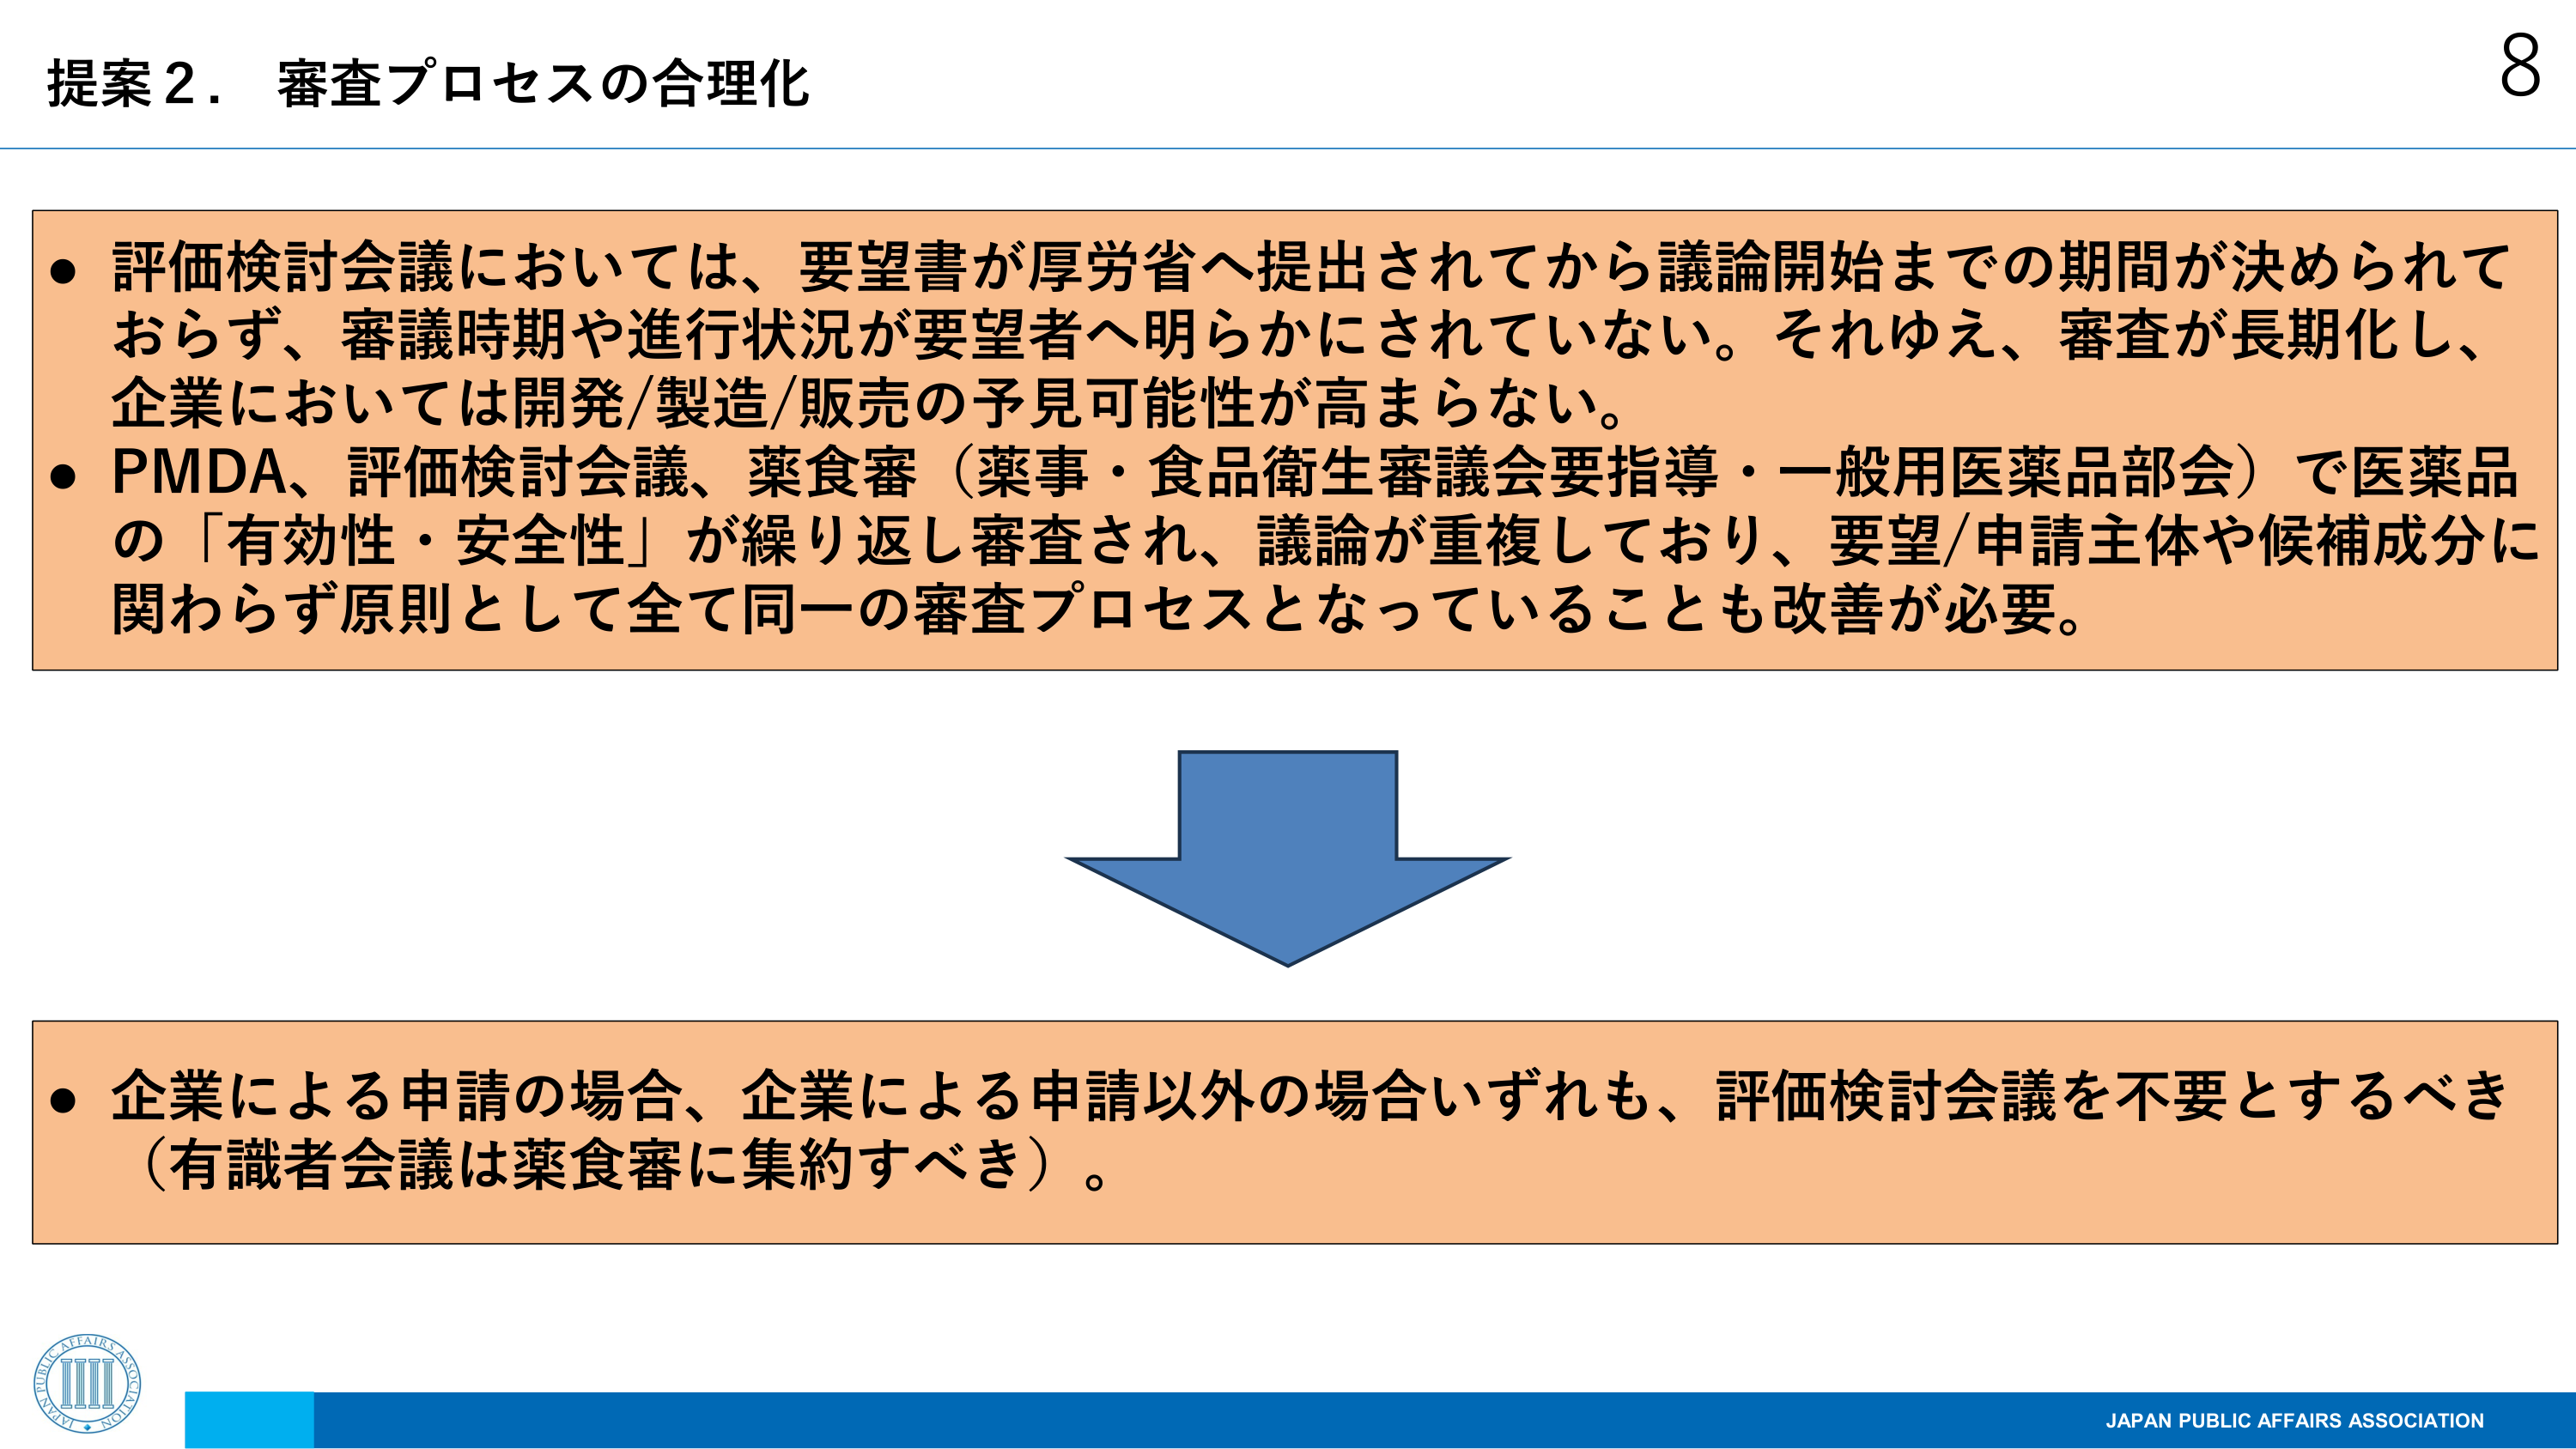
提案２．審査プロセスの合理化

● 評価検討会議においては、要望書が厚労省へ提出されてから議論開始までの期間が決められておらず、審議時期や進行状況が要望者へ明らかにされていない。それゆえ、審査が長期化し、企業においては開発/製造/販売の予見可能性が高まらない。
● PMDA、評価検討会議、薬食審（薬事・食品衛生審議会要指導・一般用医薬品部会）で医薬品の「有効性・安全性」が繰り返し審査され、議論が重複しており、要望/申請主体や候補成分に関わらず原則として全て同一の審査プロセスとなっていることも改善が必要。

● 企業による申請の場合、企業による申請以外の場合いずれも、評価検討会議を不要とするべき（有識者会議は薬食審に集約すべき）。

JAPAN PUBLIC AFFAIRS ASSOCIATION
8